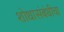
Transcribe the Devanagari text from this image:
शोधासंबंधीचा